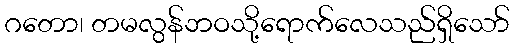
ဂတော၊ တမလွန်ဘဝသို့ရောက်လေသည်ရှိသော်